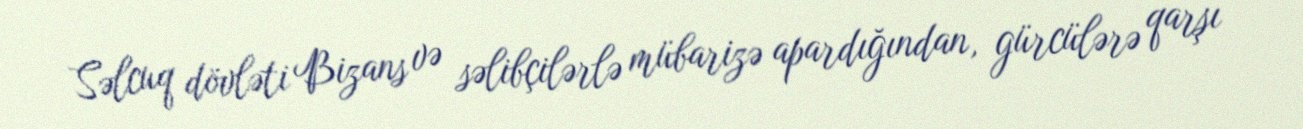
Səlcuq dövləti Bizans və səlibçilərlə mübarizə apardığından, gürcülərə qarşı